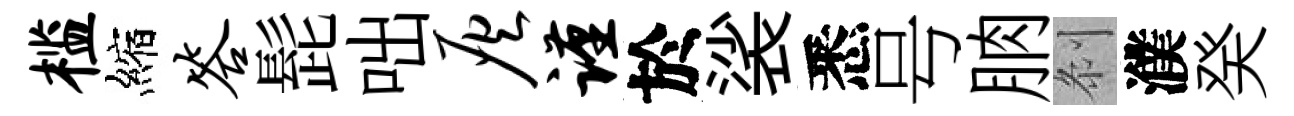
槛縮答髭咄灰谨於裟悉号朒𠛴濮癸